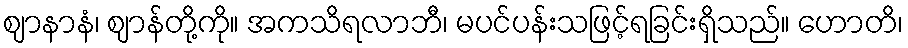
ဈာနာနံ၊ ဈာန်တို့ကို။ အကသိရလာဘီ၊ မပင်ပန်းသဖြင့်ရခြင်းရှိသည်။ ဟောတိ၊